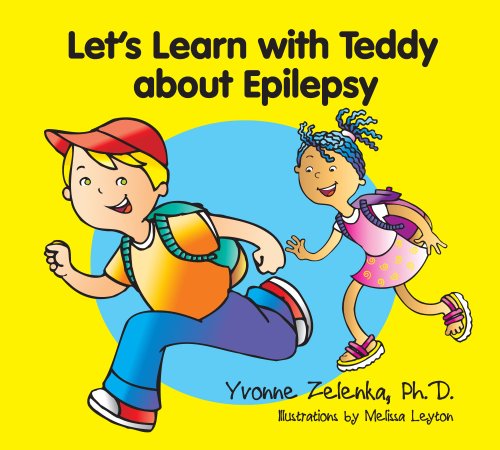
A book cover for Let's Learn with Teddy about Epilepsy; Dr. Yvonne Zelenka; Health, Fitness & Dieting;